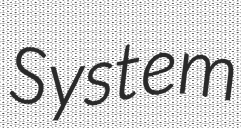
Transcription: System